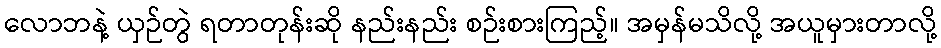
လောဘနဲ့ ယှဉ်တွဲ ရတာတုန်းဆို နည်းနည်း စဉ်းစားကြည့်။ အမှန်မသိလို့ အယူမှားတာလို့